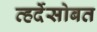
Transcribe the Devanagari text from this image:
व्हर्देसोबत